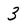
Character: 3